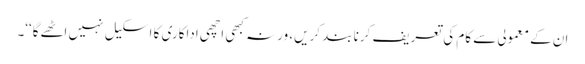
ان کے معمولی سے کام کی تعریف کرنا بند کریں، ورنہ کبھی اچھی اداکاری کا اسکیل نہیں اٹھےگا‘‘۔